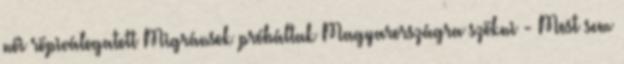
női röpiválogatott Migránsok próbáltak Magyarországra szökni - Most sem